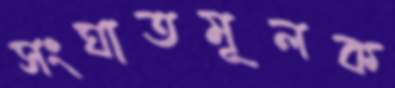
সংঘাতমূলক